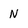
Character: N